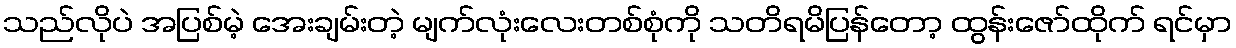
သည်လိုပဲ အပြစ်မဲ့ အေးချမ်းတဲ့ မျက်လုံးလေးတစ်စုံကို သတိရမိပြန်တော့ ထွန်းဇော်ထိုက် ရင်မှာ